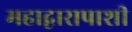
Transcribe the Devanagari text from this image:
महाद्वारापाशी